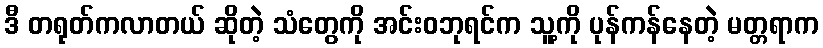
ဒီ တရုတ်ကလာတယ် ဆိုတဲ့ သံတွေကို အင်းဝဘုရင်က သူ့ကို ပုန်ကန်နေတဲ့ မတ္တရာက